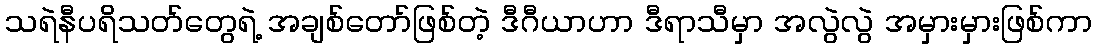
သရဲနီပရိသတ်တွေရဲ့ အချစ်တော်ဖြစ်တဲ့ ဒီဂီယာဟာ ဒီရာသီမှာ အလွဲလွဲ အမှားမှားဖြစ်ကာ